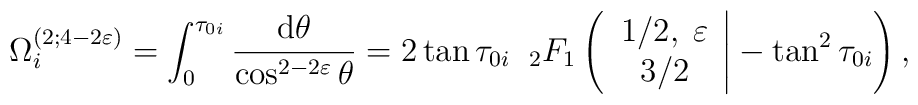
\Omega_i^{(2; 4-2\varepsilon)} =\int_0^{\tau_{0i}}\frac{\mbox{d}\theta}{\cos^{2-2\varepsilon}\theta}= 2 \tan\tau_{0i} \;\;_2F_1\left( \left.\begin{array}{c} 1/2, \; \varepsilon \\ 3/2 \end{array}\right| -\tan^2\tau_{0i} \right) ,